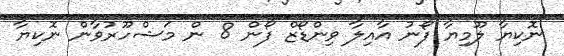
ނޮކިޔާ ލޫމިޔާ ފޯނު އާއިލާ ވިންޑޯޒް ފޯން 8 ން މަޝްހޫރުވާން ނޮކިޔާ